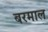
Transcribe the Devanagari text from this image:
बरमाल